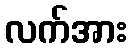
လက်အား